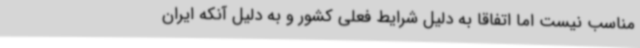
مناسب نیست اما اتفاقاً به دلیل شرایط فعلی کشور و به دلیل آنکه ایران